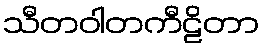
သီတဝါတကီဠိတာ